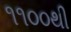
૧૧૦૦થી